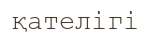
қателігі